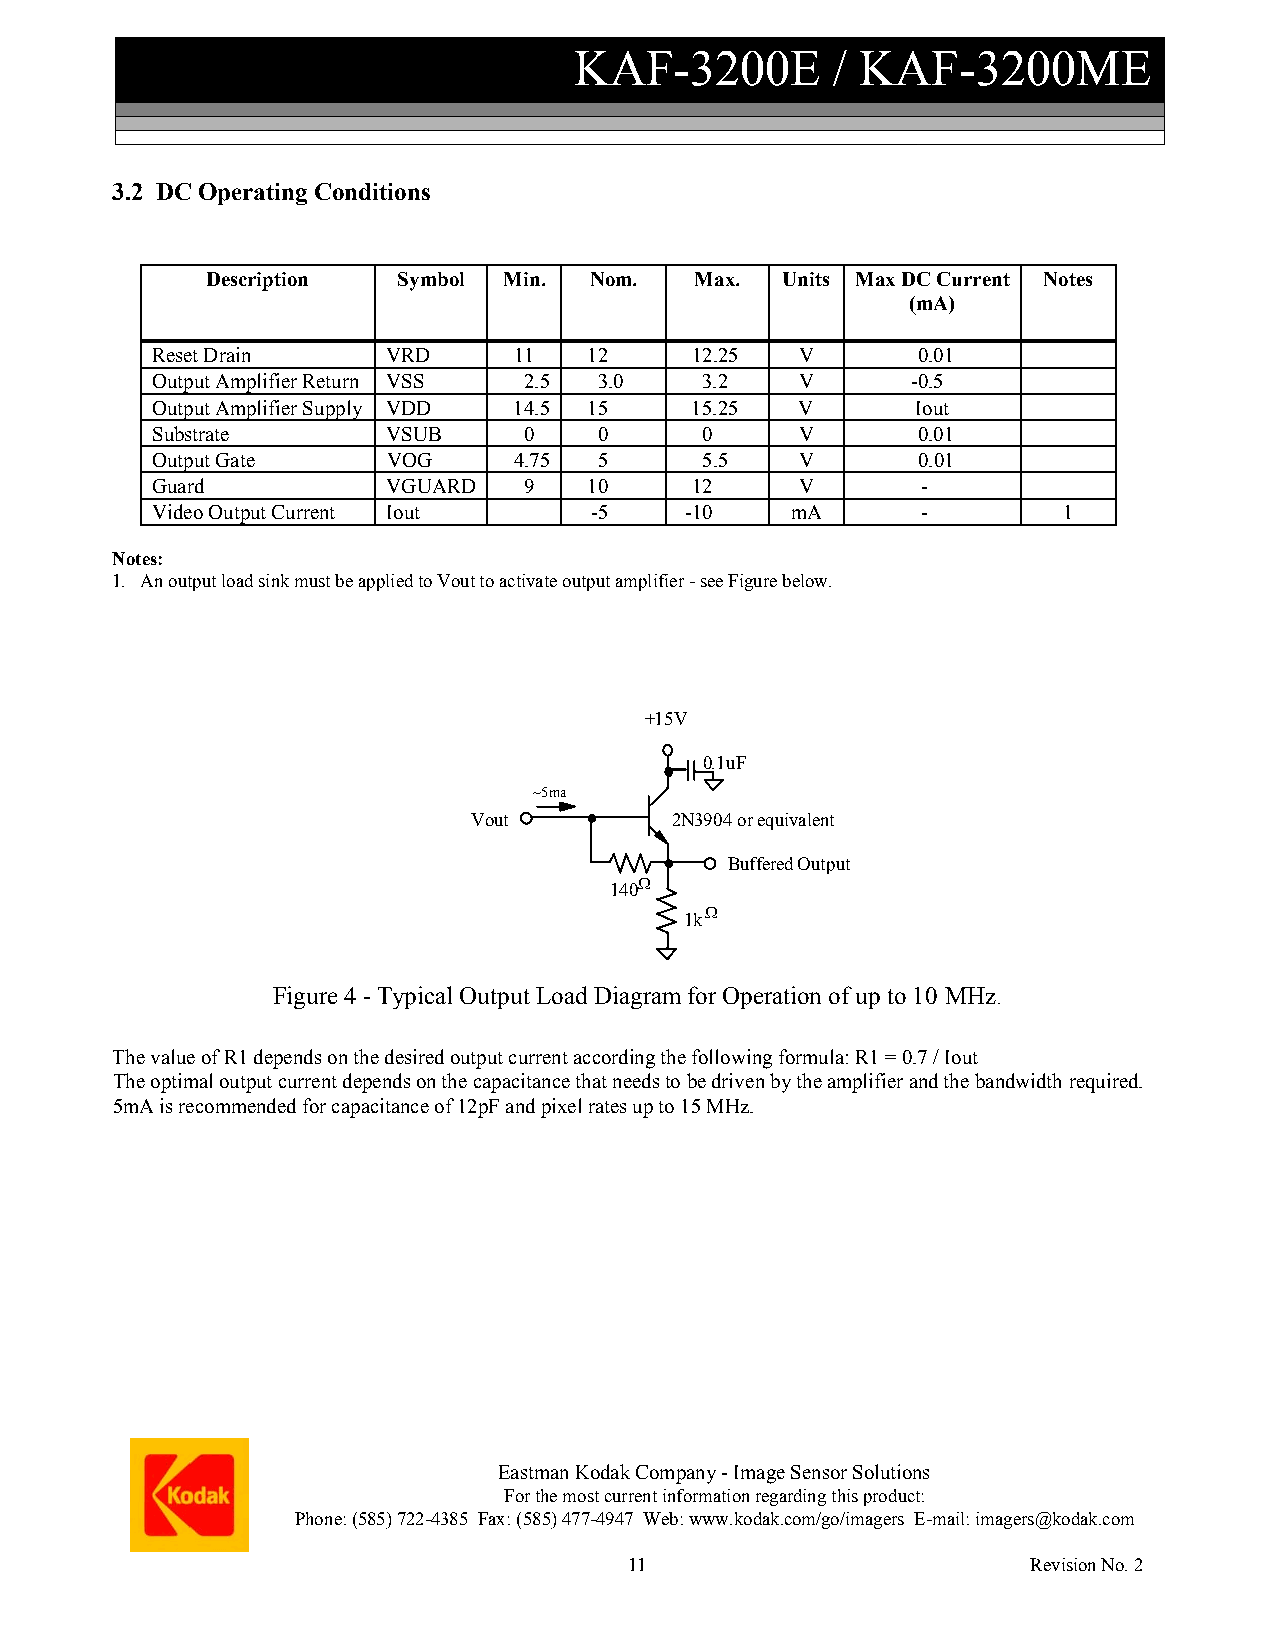
KAF-3200E        / KAF-3200ME
 3.2 DC Operating Conditions
 Description Symbol Min.  Nom.   Max.  Units Max DC Current Notes
 (mA)
 Reset Drain     VRD     11   12     12.25  V       0.01
 Output Amplifier Return VSS 2.5 3.0 3.2    V      -0.5
 Output Amplifier Supply VDD 14.5 15 15.25  V       Iout
 Substrate       VSUB     0    0     0      V       0.01
 Output Gate     VOG     4.75  5     5.5    V       0.01
 Guard           VGUARD   9   10     12     V       -
 Video Output Current Iout    -5    -10    mA       -        1
 Notes:
 1. An output load sink must be applied to Vout to activate output amplifier - see Figure below.
 +15V
 0.1uF
 ~5ma
 Vout         2N3904 or equivalent
 Buffered Output
 140Ω
 1kΩ
 Figure 4 - Typical Output Load Diagram for Operation of up to 10 MHz.
 The value of R1 depends on the desired output current according the following formula: R1 = 0.7 / Iout
 The optimal output current depends on the capacitance that needs to be driven by the amplifier and the bandwidth required.
 5mA is recommended for capacitance of 12pF and pixel rates up to 15 MHz.
 Eastman Kodak Company - Image Sensor Solutions
 For the most current information regarding this product:
 Phone: (585) 722-4385 Fax: (585) 477-4947 Web: www.kodak.com/go/imagers E-mail: imagers@kodak.com
 11                        Revision No. 2